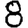
Digit: 8